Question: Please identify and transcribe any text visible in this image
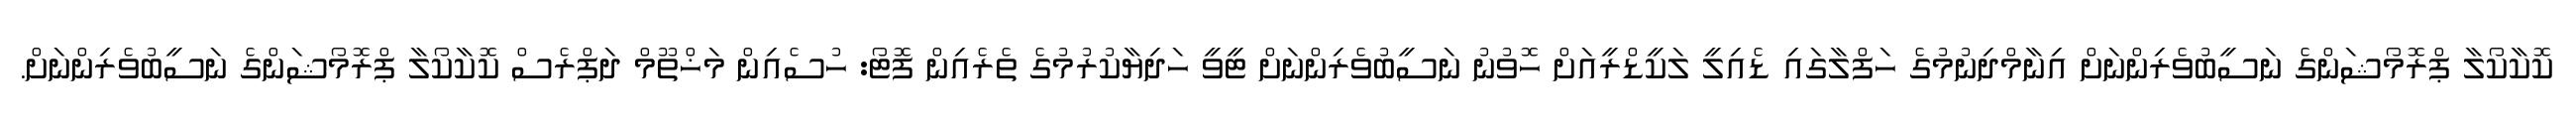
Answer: ކޮކާކޯލާ ޕްރޮމޯޝަންގެ ނަސީބުވެރިންނަށް އިނާމްދިނުމުގެ ހަފްލާގައި ޑެއިލީ ލަކީޑްރީއަށް ހޮވުނު ނަސީބުވެރިންނަށް ޓީވީ ހަދިޔާކުރުމުގެ ތެރެއިން ފޮޓޯ: ހުސެއިން މަޚްތޫމް ދަޕްރެސް ކޮކާކޯލާ ޕްރޮމޯޝަންގެ ނަސީބުވެރިންނަށް.